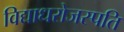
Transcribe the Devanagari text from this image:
विद्याधरोजस्पति